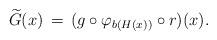
LaTeX: \begin{align*}\widetilde G(x) \,=\, (g \circ \varphi_{b(H(x))} \circ r)(x).\end{align*}